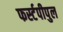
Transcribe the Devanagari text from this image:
फर्स्टपीपुल